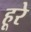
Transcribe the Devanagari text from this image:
हूरे